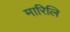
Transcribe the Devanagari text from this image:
मारिलि